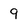
Character: 9